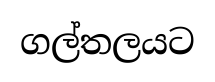
ගල්තලයට